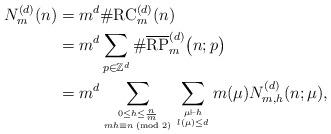
LaTeX: \begin{align*} N^{(d)}_{m}(n)&=m^d\#\mathrm{RC}^{(d)}_m(n)\\&=m^d\sum_{p\in\mathbb{Z}^d}\#\overline{\mathrm{RP}}^{(d)}_{m}\bigl(n;p\bigr)\\&=m^d\sum_{0\le h\le \frac{n}{m} \atop mh\equiv n \!\!\!\!\! \pmod{2}}\sum_{\mu\vdash h \atop l(\mu)\le d}m(\mu)N^{(d)}_{m,h}(n;\mu),\end{align*}